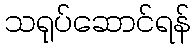
သရုပ်ဆောင်ရန်